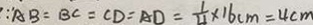
\because A B = B C = C D = A D = \frac { 1 } { 4 } \times 1 6 c m = 4 c m